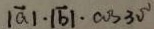
\vert \overrightarrow { a } \vert \cdot \vert \overrightarrow { b } \vert \cdot \cos 3 0 ^ { \circ }